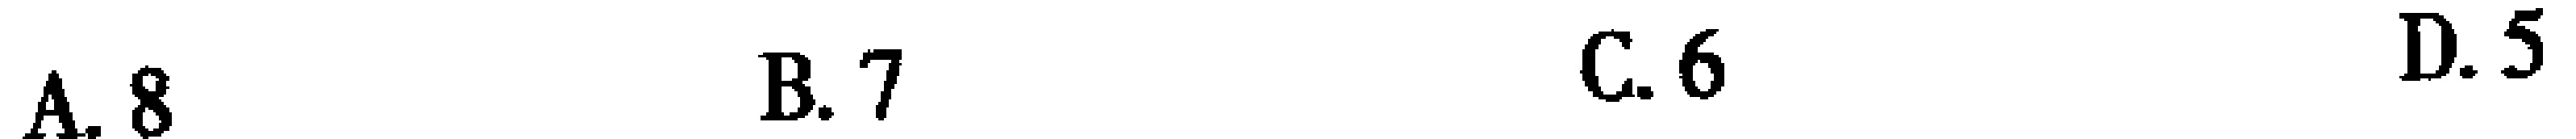
A. 8 \quad B. 7 \quad C. 6 \quad D. 5